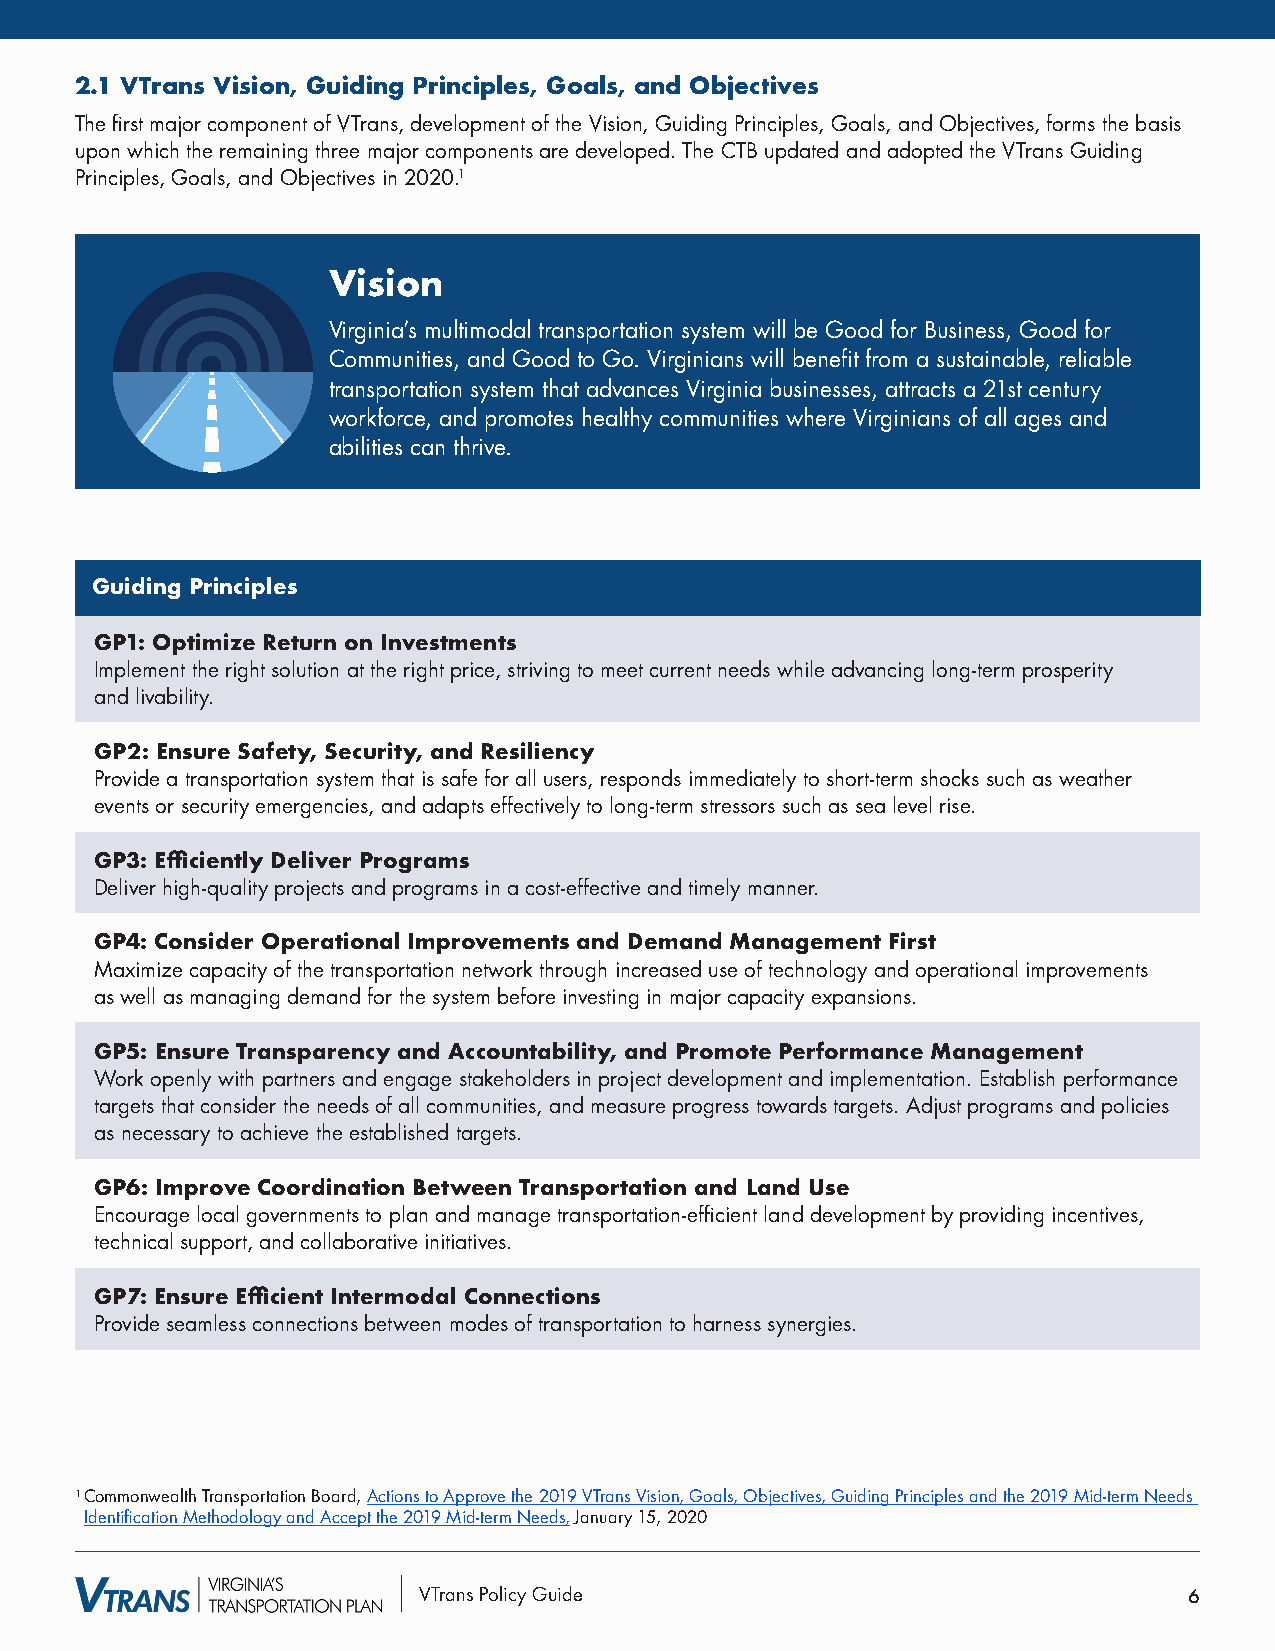
2.1 VTrans Vision, Guiding Principles, Goals, and Objectives
 The first major component of VTrans, development of the Vision, Guiding Principles, Goals, and Objectives, forms the basis
 upon which the remaining three major components are developed. The CTB updated and adopted the VTrans Guiding
 Principles, Goals, and Objectives in 2020.1
 Vision
 Virginia’s multimodal transportation system will be Good for Business, Good for
 Communities, and Good to Go. Virginians will benefit from a sustainable, reliable
 transportation system that advances Virginia businesses, attracts a 21st century
 workforce, and promotes healthy communities where Virginians of all ages and
 abilities can thrive.
 Guiding Principles
 GP1: Optimize Return on Investments
 Implement the right solution at the right price, striving to meet current needs while advancing long-term prosperity
 and livability.
 GP2: Ensure Safety, Security, and Resiliency
 Provide a transportation system that is safe for all users, responds immediately to short-term shocks such as weather
 events or security emergencies, and adapts effectively to long-term stressors such as sea level rise.
 GP3: Efficiently Deliver Programs
 Deliver high-quality projects and programs in a cost-effective and timely manner.
 GP4: Consider Operational Improvements and Demand Management First
 Maximize capacity of the transportation network through increased use of technology and operational improvements
 as well as managing demand for the system before investing in major capacity expansions.
 GP5: Ensure Transparency and Accountability, and Promote Performance Management
 Work openly with partners and engage stakeholders in project development and implementation. Establish performance
 targets that consider the needs of all communities, and measure progress towards targets. Adjust programs and policies
 as necessary to achieve the established targets.
 GP6: Improve Coordination Between Transportation and Land Use
 Encourage local governments to plan and manage transportation-efficient land development by providing incentives,
 technical support, and collaborative initiatives.
 GP7: Ensure Efficient Intermodal Connections
 Provide seamless connections between modes of transportation to harness synergies.
 1 Commonwealth Transportation Board, Actions to Approve the 2019 VTrans Vision, Goals, Objectives, Guiding Principles and the 2019 Mid-term Needs
 Identification Methodology and Accept the 2019 Mid-term Needs, January 15, 2020
 VTrans Policy Guide                                6